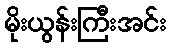
မိုးယွန်းကြီးအင်း